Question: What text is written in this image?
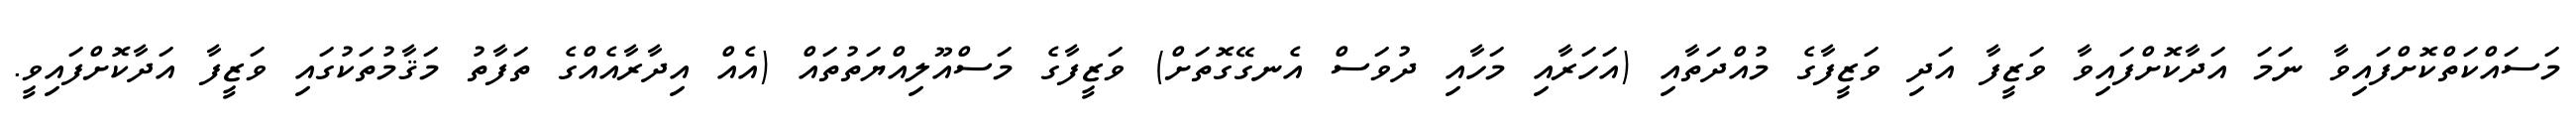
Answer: މަސައްކަތްކޮށްފައިވާ ނަމަ އަދާކޮށްފައިވާ ވަޒީފާ އަދި ވަޒީފާގެ މުއްދަތާއި (އަހަރާއި މަހާއި ދުވަސް އެނގޭގޮތަށް) ވަޒީފާގެ މަސްއޫލިއްޔަތުތައް (އެއް އިދާރާއެއްގެ ތަފާތު މަޤާމުތަކުގައި ވަޒީފާ އަދާކޮށްފައިވީ.